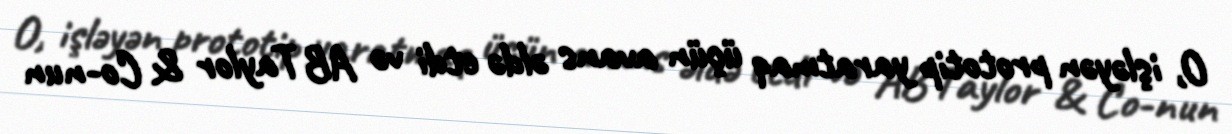
O, işləyən prototip yaratmaq üçün avans əldə etdi və AB Taylor & Co-nun